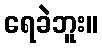
ရေခဲဘူး။